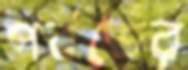
পর্বতের